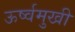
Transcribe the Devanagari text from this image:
ऊर्ष्वमुखी